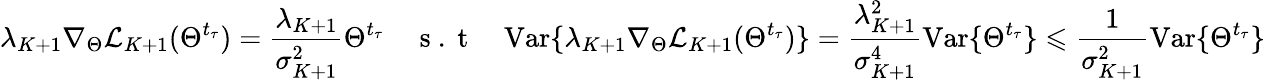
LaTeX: \lambda_{K+1}\nabla_{\Theta}\mathcal{L}_{K+1}(\Theta^{t_{\tau}})=\frac{\lambda_{K+1}}{\sigma_{K+1}^{2}}\Theta^{t_{\tau}}\quad\mathrm{~s~.~t~}\quad\mathrm{Var}\{ \lambda_{K+1}\nabla_{\Theta}\mathcal{L}_{K+1}(\Theta^{t_{\tau}})\} =\frac{\lambda_{K+1}^{2}}{\sigma_{K+1}^{4}}\mathrm{Var}\{ \Theta^{t_{\tau}}\} \leqslant\frac{1}{\sigma_{K+1}^{2}}\mathrm{Var}\{ \Theta^{t_{\tau}}\}